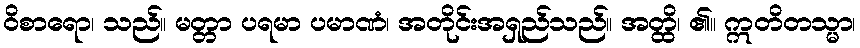
ဝိစာရော၊ သည်။ မတ္တာ ပရမာ ပမာဏံ၊ အတိုင်းအရှည်သည်။ အတ္ထိ၊ ၏။ ဣတိတသ္မာ၊